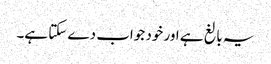
‏ یہ بالغ ہے اور خود جواب دے سکتا ہے۔